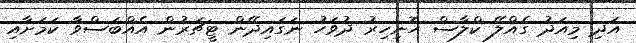
އަދި މިއަދު ގެއްލޭ ކްލާސް ހޮނިހިރު ދުވަހު ނަގައިދޭން ޓީޗަރުން އެއްބަސްވާ ކަމަށާއި